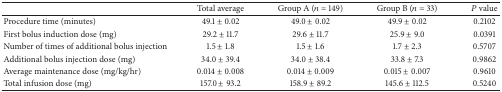
|  | Total average | Group A (n = 149) | Group B (n = 33) | P value |
 | --- | --- | --- | --- | --- |
 | Procedure time (minutes) | 49.1 ± 0.02 | 49.0 ± 0.02 | 49.9 ± 0.02 | 0.2102 |
 | First bolus induction dose (mg) | 29.2 ± 11.7 | 29.6 ± 11.7 | 25.9 ± 9.0 | 0.0391 |
 | Number of times of additional bolus injection | 1.5 ± 1.8 | 1.5 ± 1.6 | 1.7 ± 2.3 | 0.5707 |
 | Additional bolus injection dose (mg) | 34.0 ± 39.4 | 34.0 ± 38.4 | 33.8 ± 7.3 | 0.9862 |
 | Average maintenance dose (mg/kg/hr) | 0.014 ± 0.008 | 0.014 ± 0.009 | 0.015 ± 0.007 | 0.9610 |
 | Total infusion dose (mg) | 157.0 ± 93.2 | 158.9 ± 89.2 | 145.6 ± 112.5 | 0.5240 |